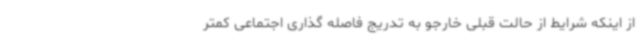
از اینکه شرایط از حالت قبلی خارجو به تدریج فاصله گذاری اجتماعی کمتر